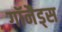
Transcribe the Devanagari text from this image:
गॉनैड्स